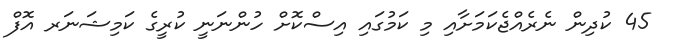
45 ކުދިން ނެރެއްޖެކަމަށާއި މި ކަމުގައި އިސްކޮށް ހުންނަނީ ކުރީގެ ކަމިޝަނަރ އޮފް